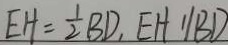
E H = \frac { 1 } { 2 } B D , E H / / B D